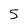
Character: 5